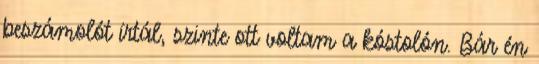
beszámolót írtál, szinte ott voltam a kóstolón. Bár én